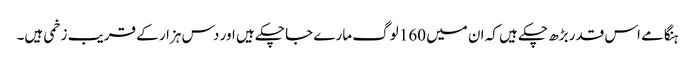
ہنگامے اس قدر بڑھ چکے ہیں کہ ان میں 160 لوگ مارے جا چکے ہیں اور دس ہزار کے قریب زخمی ہیں۔